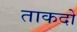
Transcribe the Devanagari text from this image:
ताकदों